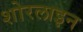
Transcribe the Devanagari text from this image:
शोरलाइन